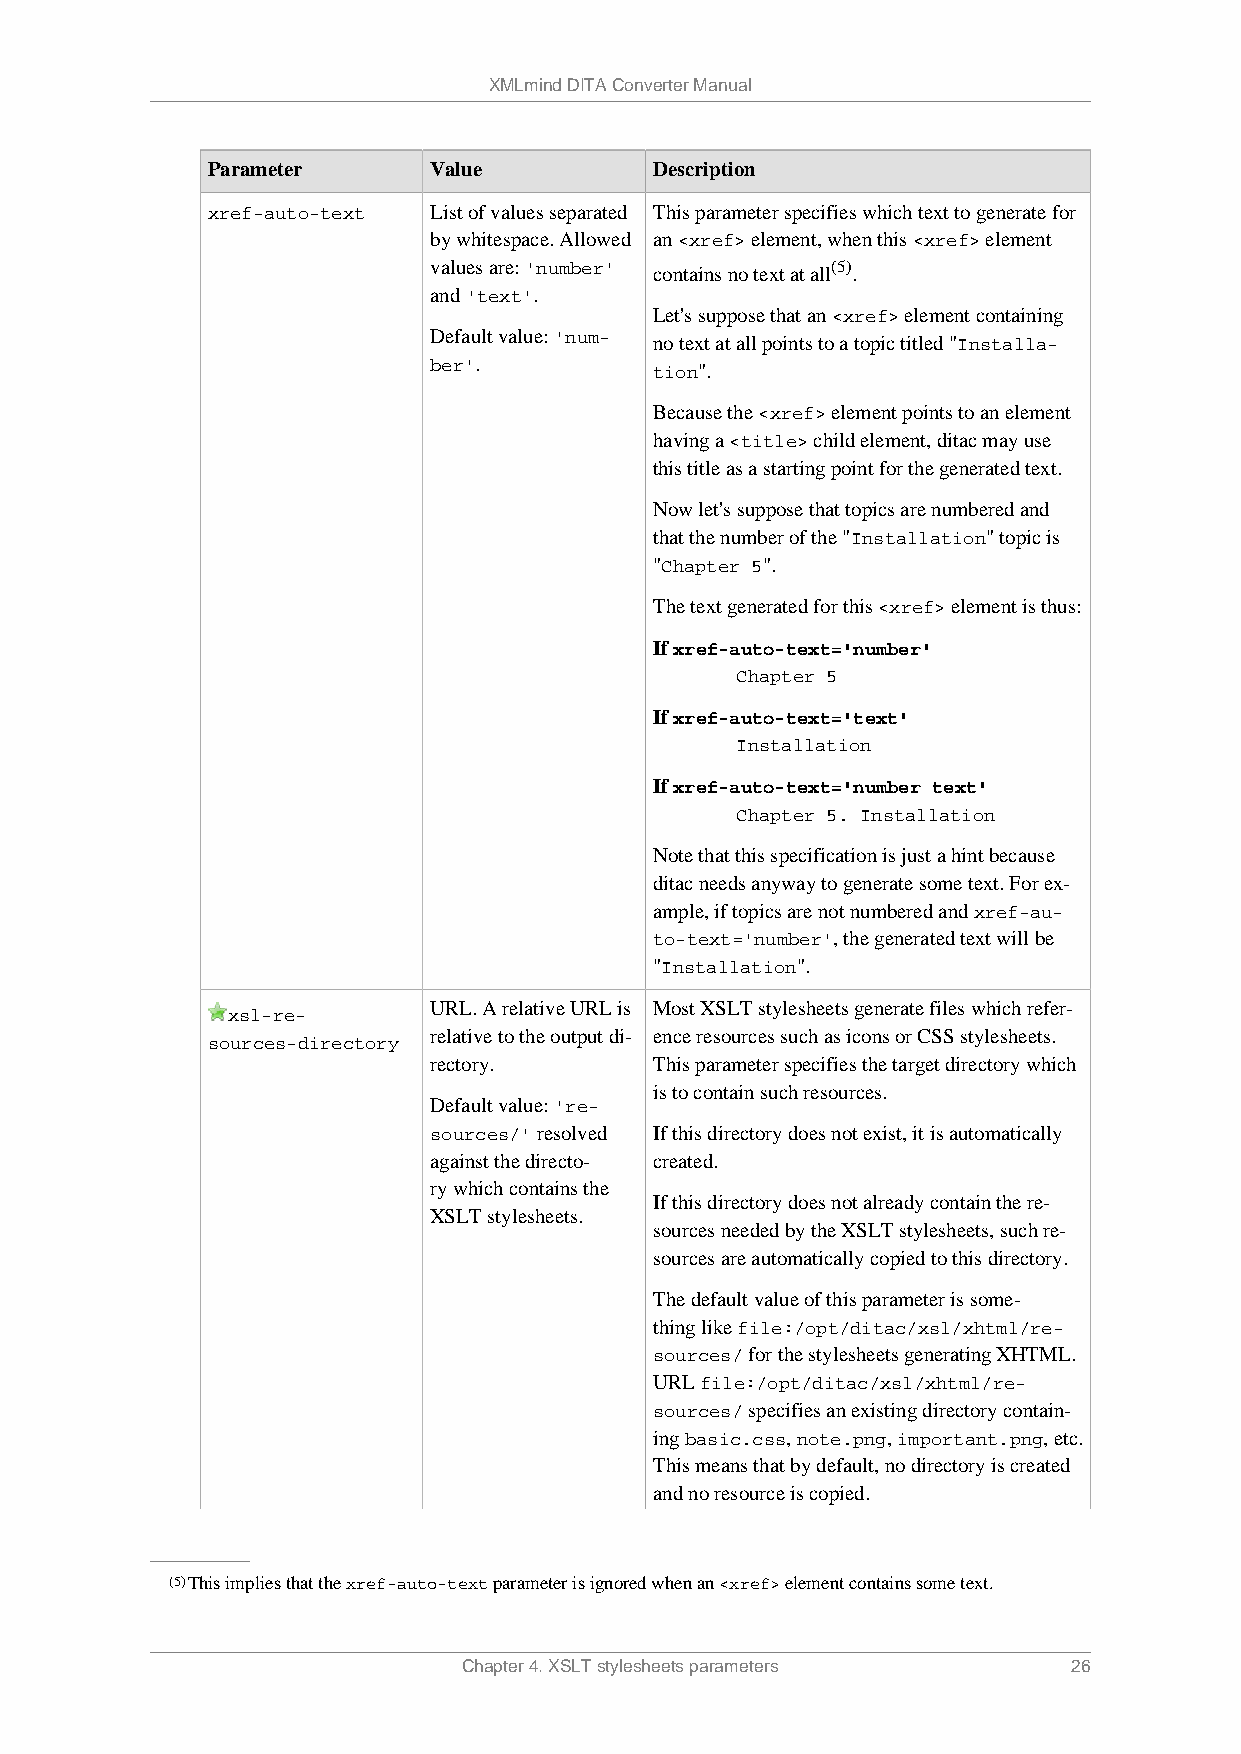
XMLmind DITA Converter Manual
 Parameter     Value          Description
 xref-auto-text List of values separated This parameter specifies which text to generate for
 by whitespace. Allowed an <xref> element, when this <xref> element
 values are: 'number' contains no text at all(5) .
 and 'text'.
 Let's suppose that an <xref> element containing
 Default value: 'num- no text at all points to a topic titled "Installa-
 ber'.
 tion".
 Because the <xref> element points to an element
 having a <title> child element, ditac may use
 this title as a starting point for the generated text.
 Now let's suppose that topics are numbered and
 that the number of the "Installation" topic is
 "Chapter 5".
 The text generated for this <xref> element is thus:
 If xref-auto-text='number'
 Chapter 5
 If xref-auto-text='text'
 Installation
 If xref-auto-text='number text'
 Chapter 5. Installation
 Note that this specification is just a hint because
 ditac needs anyway to generate some text. For ex-
 ample, if topics are not numbered and xref-au-
 to-text='number', the generated text will be
 "Installation".
 URL. A relative URL is Most XSLT stylesheets generate files which refer-
 xsl-re-
 relative to the output di- ence resources such as icons or CSS stylesheets.
 sources-directory
 rectory.       This parameter specifies the target directory which
 is to contain such resources.
 Default value: 're-
 sources/' resolved If this directory does not exist, it is automatically
 against the directo- created.
 ry which contains the
 If this directory does not already contain the re-
 XSLT stylesheets.
 sources needed by the XSLT stylesheets, such re-
 sources are automatically copied to this directory.
 The default value of this parameter is some-
 thing like file:/opt/ditac/xsl/xhtml/re-
 sources/ for the stylesheets generating XHTML.
 URL file:/opt/ditac/xsl/xhtml/re-
 sources/ specifies an existing directory contain-
 ing basic.css, note.png, important.png, etc.
 This means that by default, no directory is created
 and no resource is copied.
 (5)This implies that the xref-auto-text parameter is ignored when an <xref> element contains some text.
 Chapter 4. XSLT stylesheets parameters  26